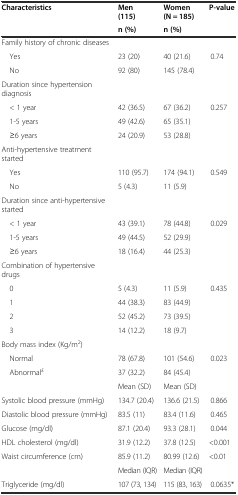
| <ROWSPAN=2> Characteristics | Men (115) | Women (N = 185) | <ROWSPAN=2> P-value |
 | n (%) | n (%) |
 | --- | --- | --- | --- |
 | Family history of chronic diseases |  |  |  |
 | Yes | 23 (20) | 40 (21.6) | 0.74 |
 | No | 92 (80) | 145 (78.4) |  |
 | Duration since hypertension diagnosis |  |  |  |
 | < 1 year | 42 (36.5) | 67 (36.2) | 0.257 |
 | 1-5 years | 49 (42.6) | 65 (35.1) |  |
 | ≥6 years | 24 (20.9) | 53 (28.8) |  |
 | Anti-hypertensive treatment started |  |  |  |
 | Yes | 110 (95.7) | 174 (94.1) | 0.549 |
 | No | 5 (4.3) | 11 (5.9) |  |
 | Duration since anti-hypertensive started |  |  |  |
 | < 1 year | 43 (39.1) | 78 (44.8) | 0.029 |
 | 1-5 years | 49 (44.5) | 52 (29.9) |  |
 | ≥6 years | 18 (16.4) | 44 (25.3) |  |
 | Combination of hypertensive drugs |  |  |  |
 | 0 | 5 (4.3) | 11 (5.9) | 0.435 |
 | 1 | 44 (38.3) | 83 (44.9) |  |
 | 2 | 52 (45.2) | 73 (39.5) |  |
 | 3 | 14 (12.2) | 18 (9.7) |  |
 | Body mass index (Kg/m2) |  |  |  |
 | Normal | 78 (67.8) | 101 (54.6) | 0.023 |
 | Abnormal£ | 37 (32.2) | 84 (45.4) |  |
 |  | Mean (SD) | Mean (SD) |  |
 | Systolic blood pressure (mmHg) | 134.7 (20.4) | 136.6 (21.5) | 0.866 |
 | Diastolic blood pressure (mmHg) | 83.5 (11) | 83.4 (11.6) | 0.465 |
 | Glucose (mg/dl) | 87.1 (20.4) | 93.3 (28.1) | 0.044 |
 | HDL cholesterol (mg/dl) | 31.9 (12.2) | 37.8 (12.5) | <0.001 |
 | Waist circumference (cm) | 85.9 (11.2) | 80.99 (12.6) | <0.01 |
 |  | Median (IQR) | Median (IQR) |  |
 | Triglyceride (mg/dl) | 107 (73, 134) | 115 (83, 163) | 0.0635* |